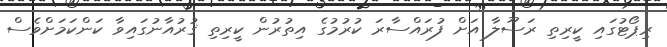
ރިޕޯޓުގައި ކީރިތި ރަސޫލާ އަށް ފުރައްސާރަ ކުރުމުގެ އިތުރުން ކީރިތި ޤުރުއާނުގައިވާ ކަންކަމަށްވެސް